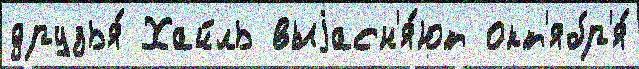
друзья́ Хайль выjасн'я́ют окт'ябр'я́